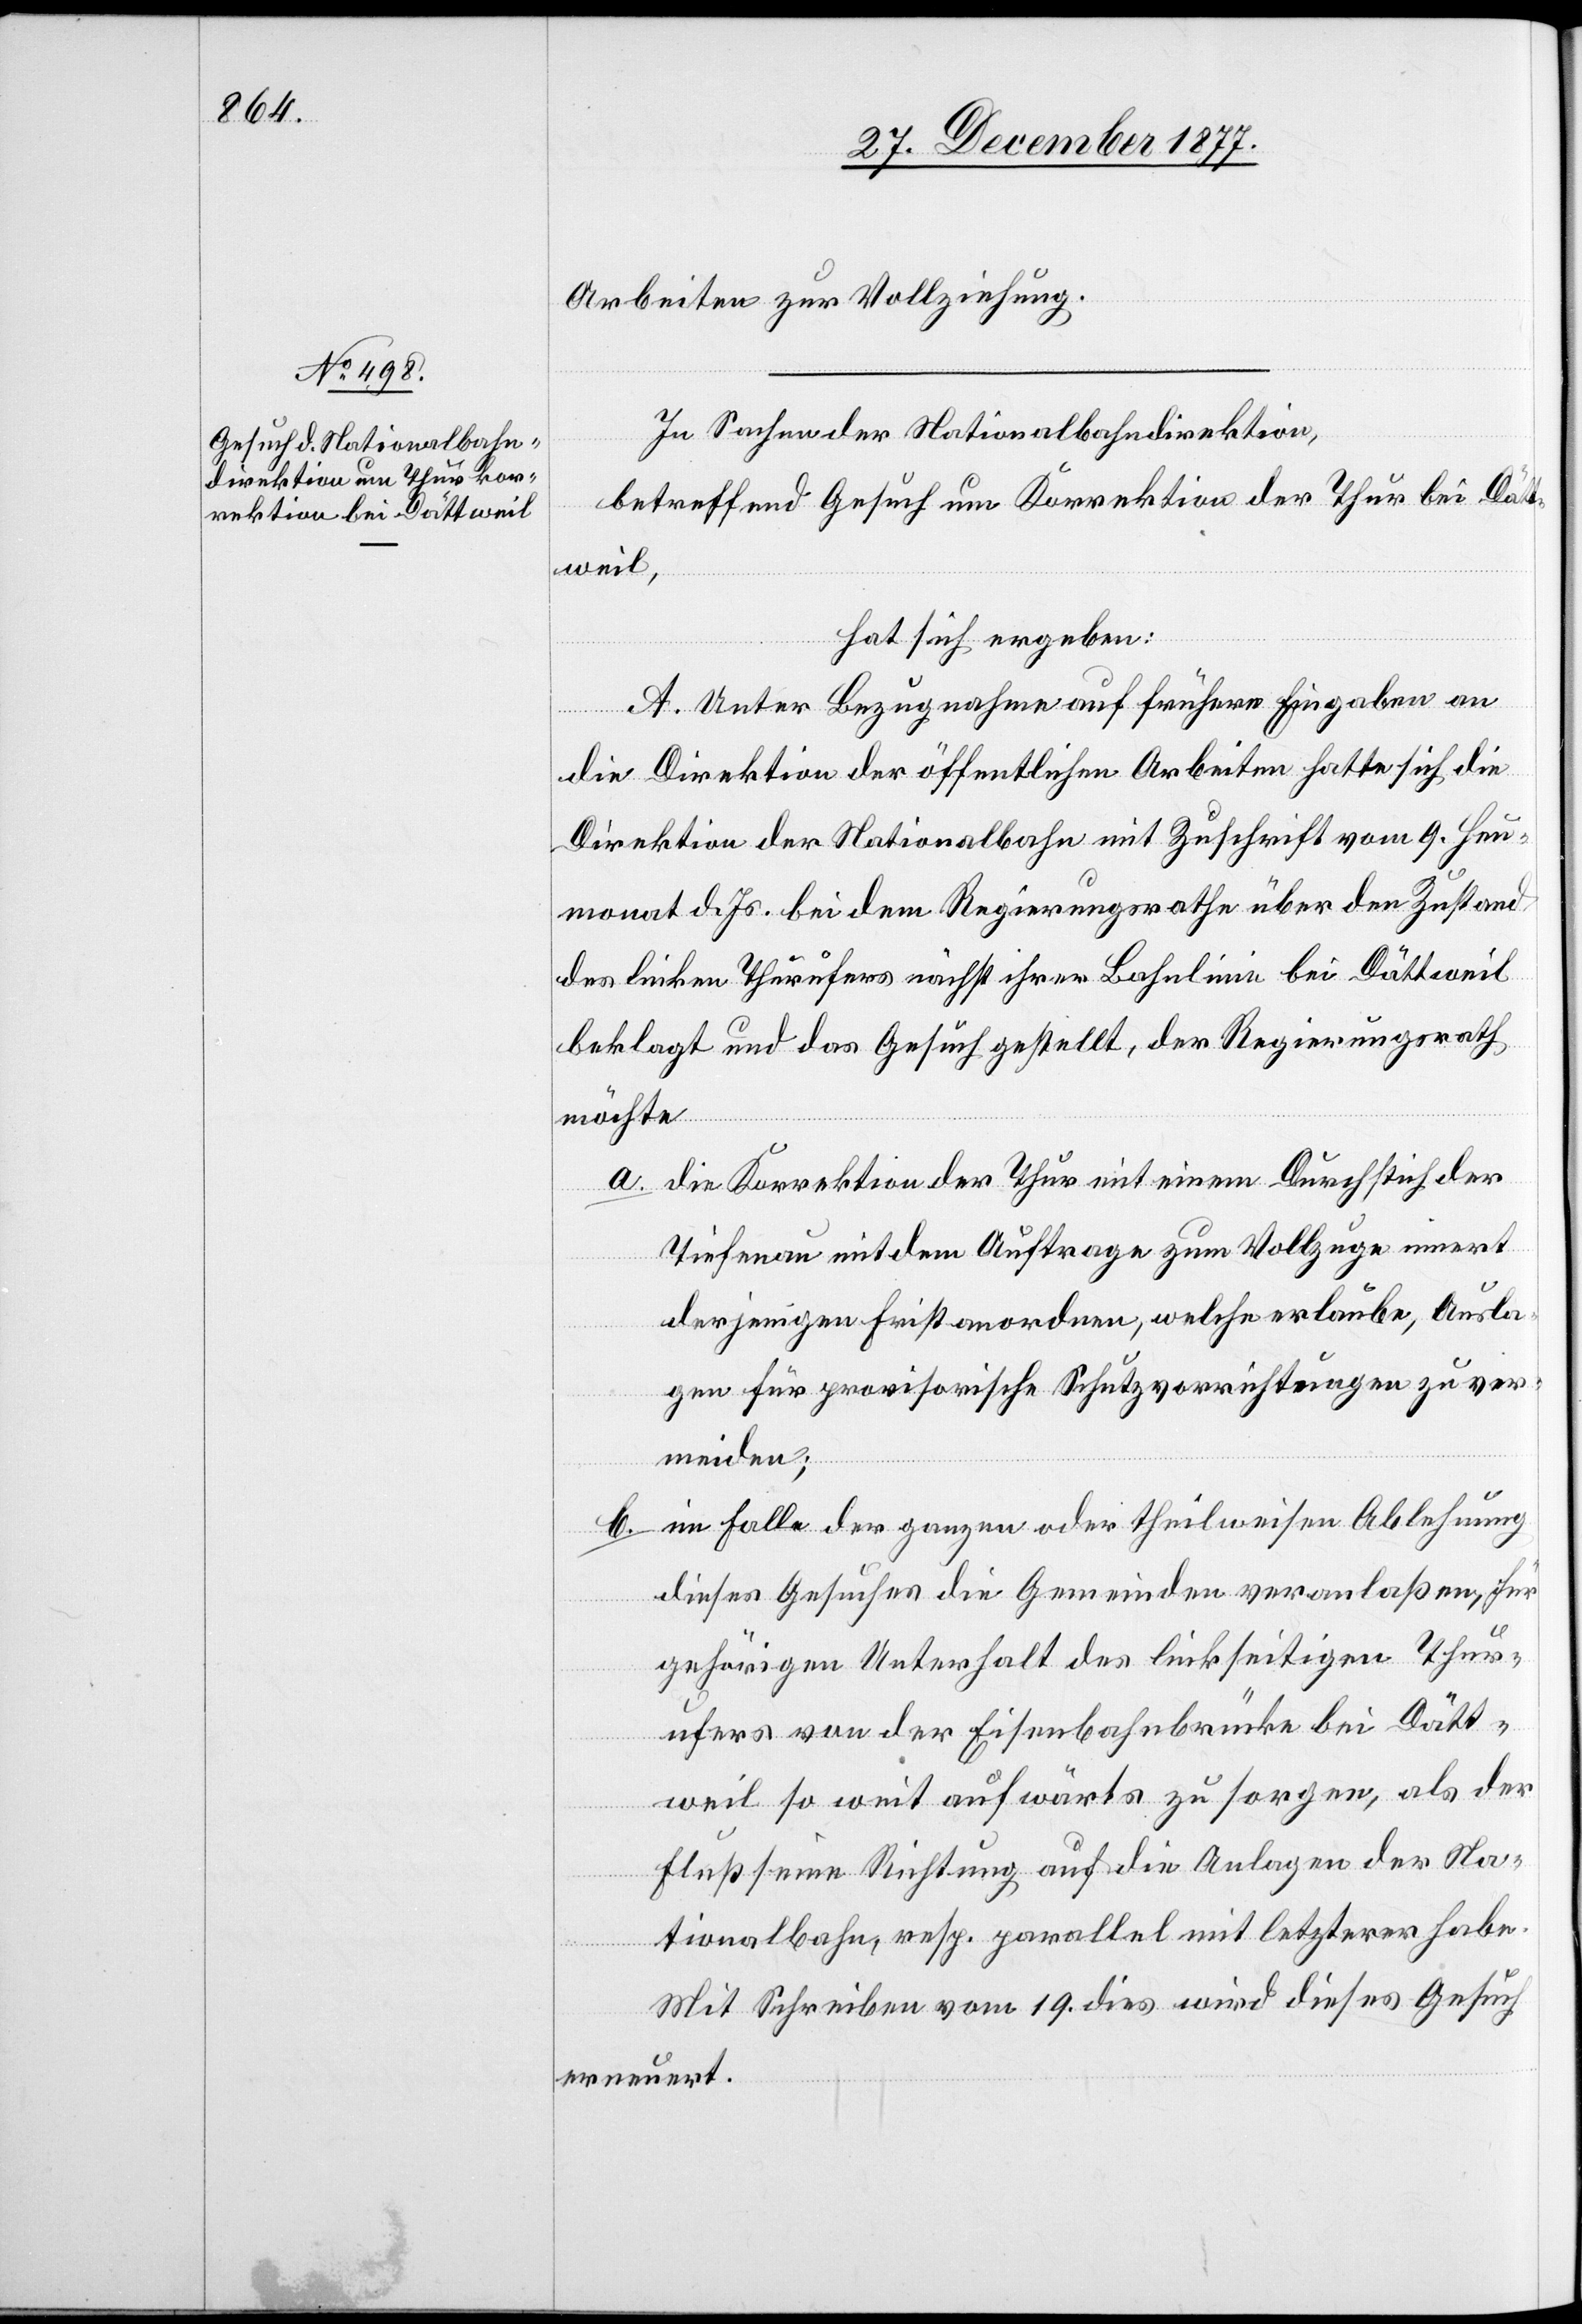
Arbeiten zur Vollziehung.
In Sachen der Nationalbahndirektion,
betreffend Gesuch um Korrektion der Thur bei Dätt¬
weil,
hat sich ergeben:
A. Unter Bezugnahme auf frühere Eingaben an
die Direktion der öffentlichen Arbeiten hatte sich die
Direktion der Nationalbahn mit Zuschrift vom 9. Heu¬
monat d. Js. bei dem Regierungsrathe über den Zustand
des linken Thurufers nächst ihrer Bahnlinie bei Dättweil
beklagt und das Gesuch gestellt, der Regierungsrath
möchte
die Korrektion der Thur mit einem Durchstich der
Tiefenau mit dem Auftrage zum Vollzuge innert
derjenigen Frist anordnen, welche erlaube, Ausla¬
gen für provisorische Schutzvorrichtungen zu ver¬
meiden;
im Falle der ganzen oder theilweisen Ablehnung
dieses Gesuches die Gemeinden veranlaßen, für
gehörigen Unterhalt des linkseitigen Thur¬
ufers von der Eisenbahnbrücke bei Dätt¬
weil so weit aufwärts zu sorgen, als der
Fluß seine Richtung auf die Anlagen der Na¬
tionalbahn, resp. parallel mit letzterer habe.
Mit Schreiben vom 19. dies wird dieses Gesuch
erneuert.